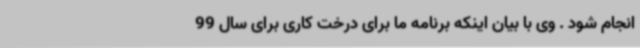
انجام شود . وی با بیان اینکه برنامه ما برای درخت کاری برای سال 99